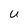
Character: u